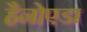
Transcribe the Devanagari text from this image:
हैनोएडा